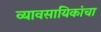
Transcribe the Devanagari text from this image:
व्यावसायिकांचा